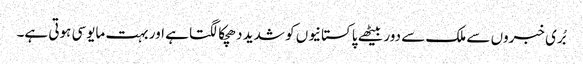
بُری خبروں سے ملک سے دور بیٹھے پاکستانیوں کو شدید دھچکا لگتا ہے اور بہت مایوسی ہوتی ہے۔